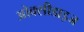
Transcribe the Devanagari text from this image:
ओक्सीडाइज